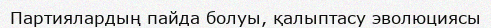
Партиялардың пайда болуы, қалыптасу эволюциясы